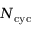
N _ { \mathrm { c y c } }